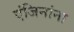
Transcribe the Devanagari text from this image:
एंजिनांना